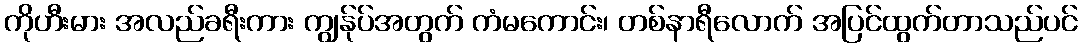
ကိုဟီးမား အလည်ခရီးကား ကျွန်ုပ်အတွက် ကံမကောင်း၊ တစ်နာရီလောက် အပြင်ထွက်တာသည်ပင်